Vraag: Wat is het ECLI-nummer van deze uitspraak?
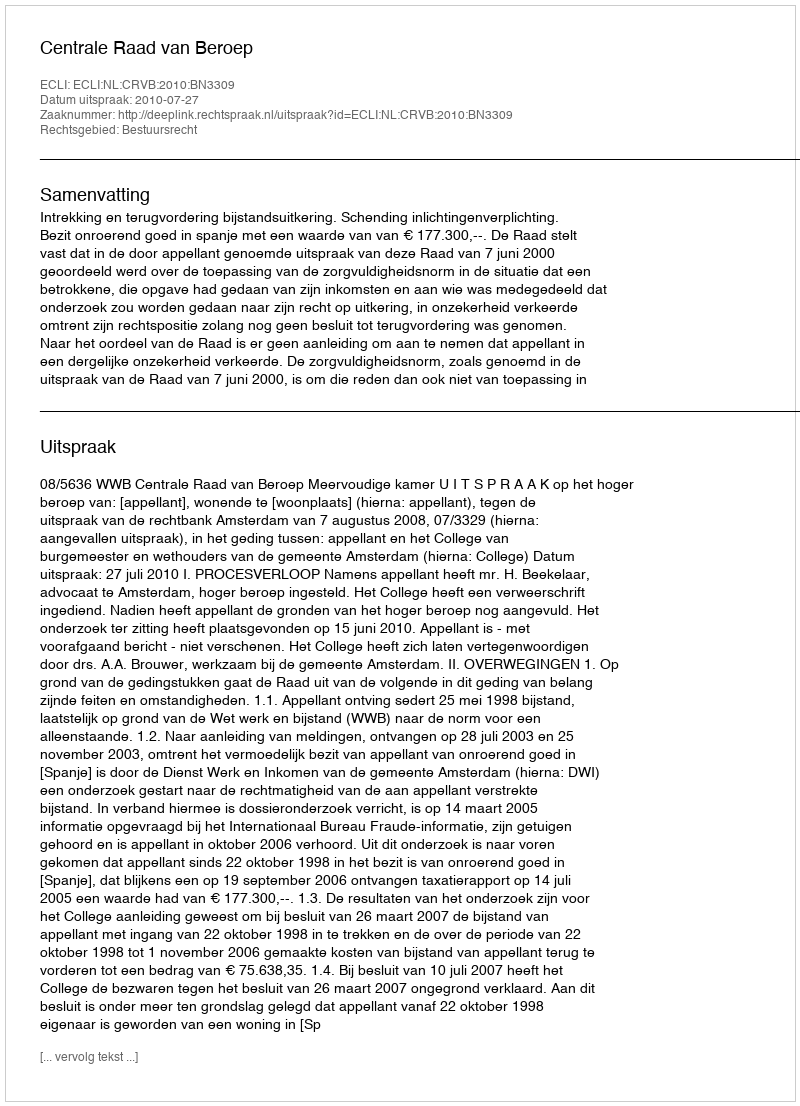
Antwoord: ECLI:NL:CRVB:2010:BN3309